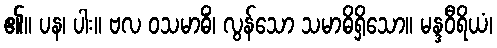
၏။ ပန၊ ပါး။ ဗလ ဝသမာဓိံ၊ လွန်သော သမာဓိရှိသော။ မန္ဒဝီရိယံ၊